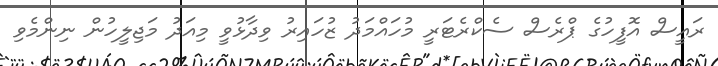
ރައީސް އޮފީހުގެ ޕްރެސް ސެކްރެޓަރީ މުހައްމަދު ޒުހައިރު ވިދާޅުވީ މިއަދު މަޖިލީހުން ނިންމެވި